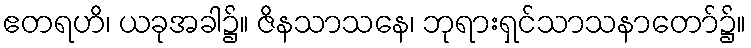
ဧတရဟိ၊ ယခုအခါ၌။ ဇိနသာသနေ၊ ဘုရားရှင်သာသနာတော်၌။